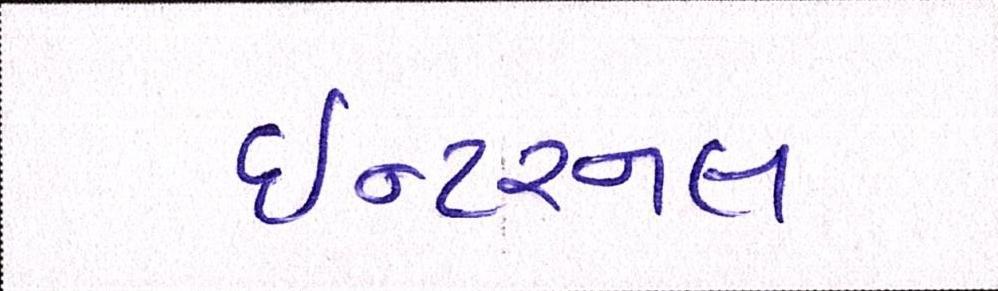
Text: ઇન્ટરનલ